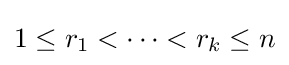
1\leq r_{1}<\cdots <r_{k}\leq n